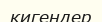
кигендер